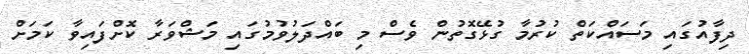
ދިފާއުގައި މަަސައްކަތް ކުރުމާ ގުޅޭގޮތުން ވެސް މި ބައްދަލުވުމުގައި މަޝްވަރާ ކޮށްފައިވާ ކަމަށް